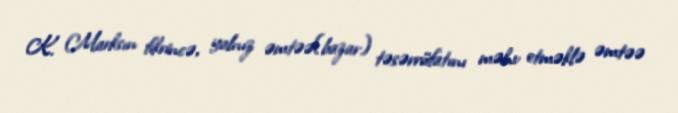
K. Marksın fikrincə, yalnız əmtəə(bazar) təsərrüfatını məhv etməklə əmtəə